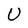
Character: U